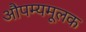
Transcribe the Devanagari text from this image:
औपम्यमूलक